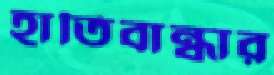
হাতিবান্ধার